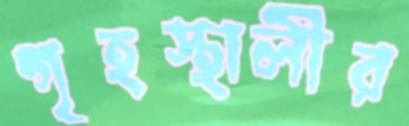
গৃহস্থালীর